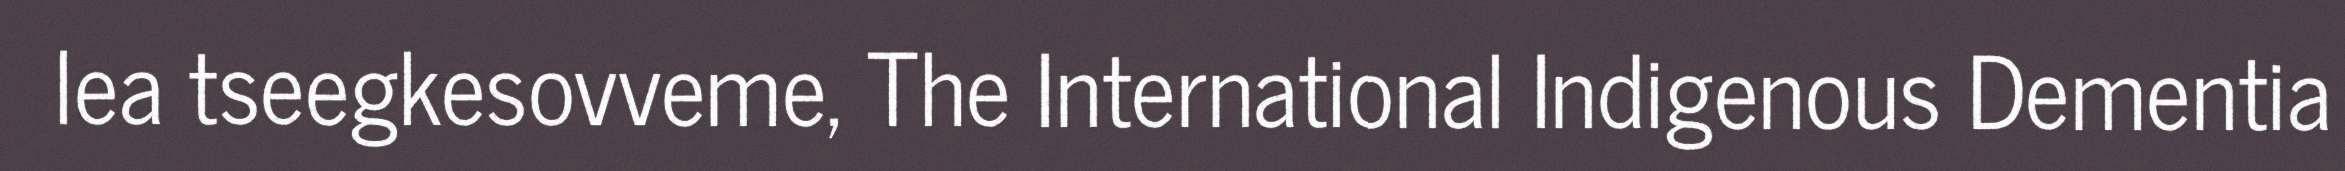
lea tseegkesovveme, The International Indigenous Dementia